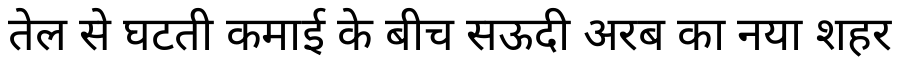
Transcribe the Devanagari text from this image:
तेल से घटती कमाई के बीच सऊदी अरब का नया शहर